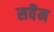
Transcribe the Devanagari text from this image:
सवैम